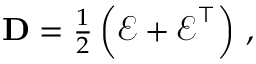
\begin{array} { r } { { \bf D } = \frac { 1 } { 2 } \left( \boldsymbol { \mathcal { E } } + \boldsymbol { \mathcal { E } } ^ { \top } \right) \, , } \end{array}